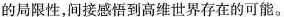
的局限性，间接感悟到高维世界存在的可能。